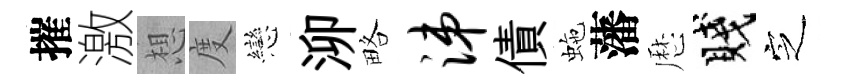
摧激想度戀泖略涕債虵藩厯賤㝎